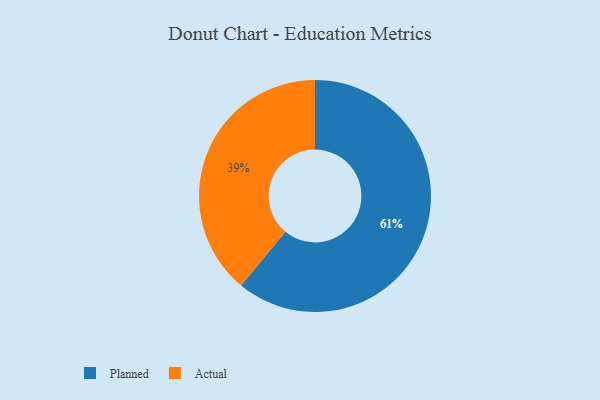
{"axis": {"x": "Category", "y": "Percentage"}, "legend": ["Actual", "Planned"], "data": [{"x": "Actual", "y": 39, "type": "Actual"}, {"x": "Planned", "y": 61, "type": "Planned"}]}